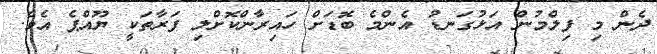
ދެން މި ފިލްމުން އަޅުގަނޑު އެންމެ ބޮޑަށް ހައިރާންކޮށްލި ފަރާތަކީ ޔޫއްޕެ އެވެ.